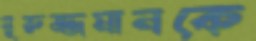
নূরুজ্জমানকে